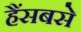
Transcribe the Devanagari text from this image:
हैंसबसे